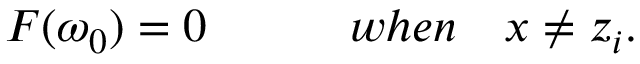
F ( \omega _ { 0 } ) = 0 \quad \quad \quad w h e n \quad x \neq z _ { i } .